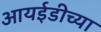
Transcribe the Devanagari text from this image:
आयईडीच्या